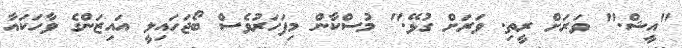
"އީޝް." ވަރަށް ރީތި. ވަރަށް ގުޅޭ." މުސްކާން މިފަހަރުވެސް ބޯޖަހައިލީ އައިޒަންގެ ވާހަކައާ